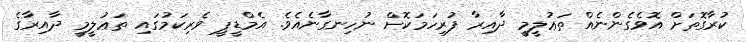
ކުރާގޮތަށް އޮވެގެންނެއް ތަޢުލީމީ ދާއިރާ ފުރިހަމަކޮށް ނުހިނގާނެއެވެ. އެމްޑީޕީ ވެރިކަމުގައި ތަޢުލީމީ ދާއިރާގެ